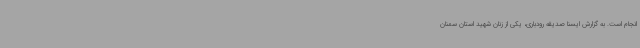
انجام است. به گزارش ایسنا صدیقه رودباری، یکی از زنان شهید استان سمنان